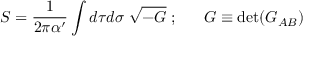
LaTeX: S = \frac { 1 } { 2 \pi \alpha ^ { \prime } } \int d \tau d \sigma \; \sqrt { - G } \; ; \; \; \; \; \; \; G \equiv { \mathrm { d e t } } ( G _ { A B } )